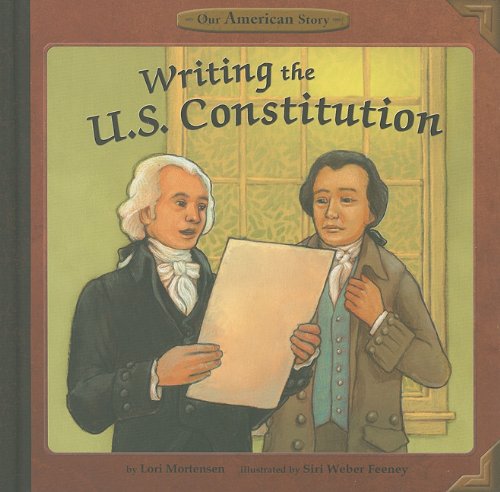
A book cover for Writing the U.S. Constitution (Our American Story); Lori Mortensen; Children's Books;